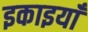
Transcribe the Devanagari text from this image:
इकाइयांँ